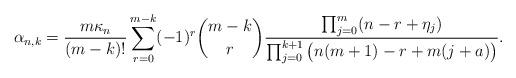
LaTeX: \begin{align*} \alpha_{n, k}= \frac{ m \kappa_n }{ (m-k )!} \sum_{r=0}^{m-k} (-1)^{r} {m -k \choose r } \frac{\prod_{j=0}^{m} (n-r + \eta_j ) }{\prod_{j=0}^{k+1}\big(n(m+1) -r+ m(j+a)\big)} . \end{align*}